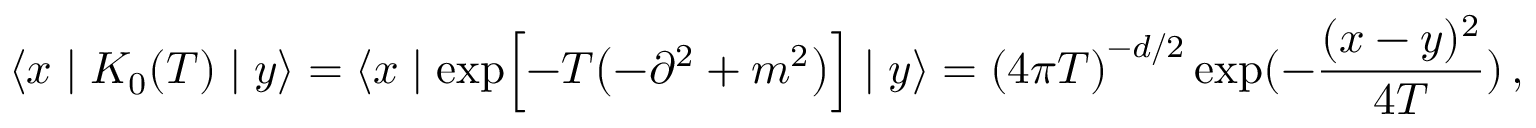
\langle x \mid K _ { 0 } ( T ) \mid y \rangle = \langle x \mid \exp \Bigl [ - T \bigl ( - { \partial } ^ { 2 } + m ^ { 2 } \bigr ) \Bigr ] \mid y \rangle = { ( 4 \pi T ) } ^ { - d / 2 } \exp ( - { \frac { ( x - y ) ^ { 2 } } { 4 T } } ) \, ,